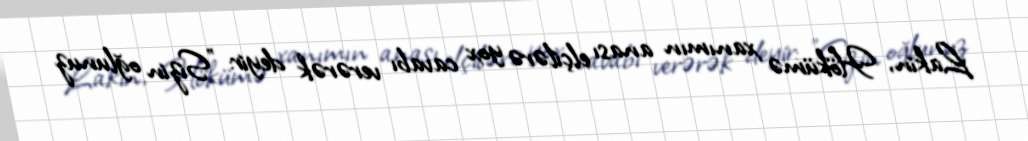
Lakin, Hökümə xanımın anası elçilərə yox cavabı verərək deyir: "Sizin oğlunuz